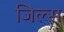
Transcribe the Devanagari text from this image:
जिल्स